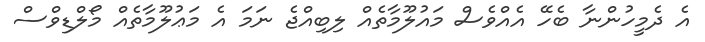
އެ ދެމީހުންނާ ބެހޭ އެއްވެސް މައުލޫމާތެއް ލިބިއްޖެ ނަމަ އެ މަޢުލޫމާތެއް މޯލްޑިވްސް